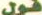
قول